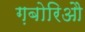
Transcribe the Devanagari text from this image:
ग़बोरिऔ